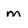
Character: m